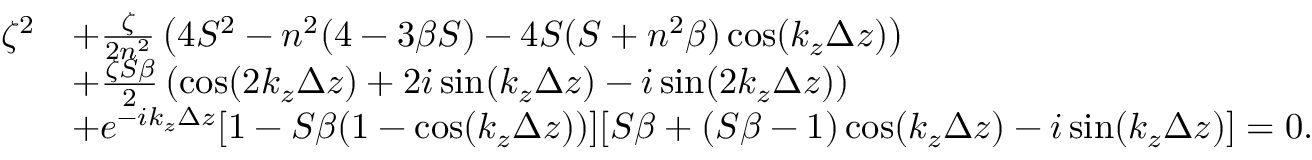
\begin{array} { r l } { \zeta ^ { 2 } } & { + \frac { \zeta } { 2 n ^ { 2 } } \left( 4 S ^ { 2 } - n ^ { 2 } ( 4 - 3 \beta S ) - 4 S ( S + n ^ { 2 } \beta ) \cos ( k _ { z } \Delta z ) \right) } \\ & { + \frac { \zeta S \beta } { 2 } \left( \cos ( 2 k _ { z } \Delta z ) + 2 i \sin ( k _ { z } \Delta z ) - i \sin ( 2 k _ { z } \Delta z ) \right) } \\ & { + e ^ { - i k _ { z } \Delta z } [ 1 - S \beta ( 1 - \cos ( k _ { z } \Delta z ) ) ] [ S \beta + ( S \beta - 1 ) \cos ( k _ { z } \Delta z ) - i \sin ( k _ { z } \Delta z ) ] = 0 . } \end{array}